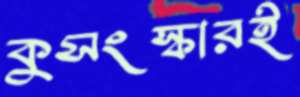
কুসংস্কারই